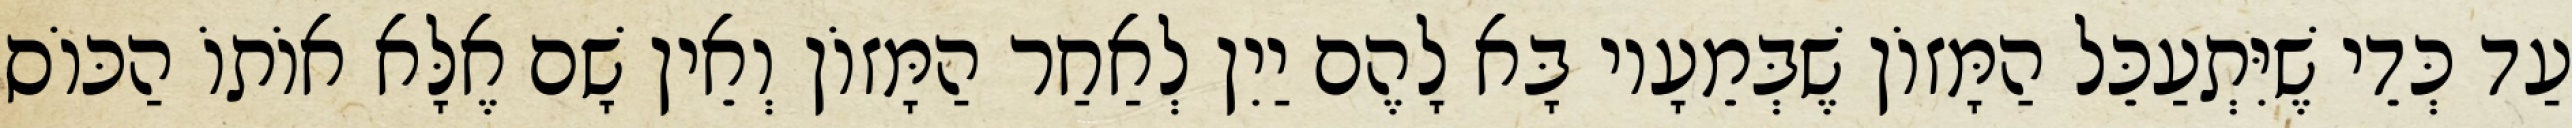
עַד כְּדֵי שֶׁיִּתְעַכֵּל הַמָּזוֹן שֶׁבְּמֵעָיו בָּא לָהֶם יַיִן לְאַחַר הַמָּזוֹן וְאֵין שָׁם אֶלָּא אוֹתוֹ הַכּוֹס